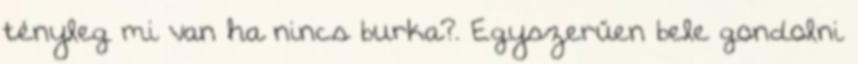
tényleg mi van ha nincs burka?. Egyszerűen bele gondolni